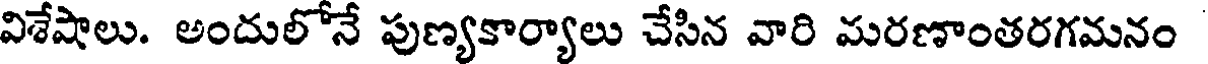
విశేషాలు. అందులోనే పుణ్యకార్యాలు చేసిన వారి మరణాంతరగమనం